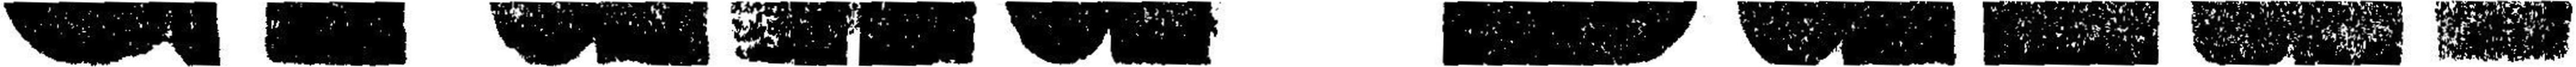
Grand Bazar